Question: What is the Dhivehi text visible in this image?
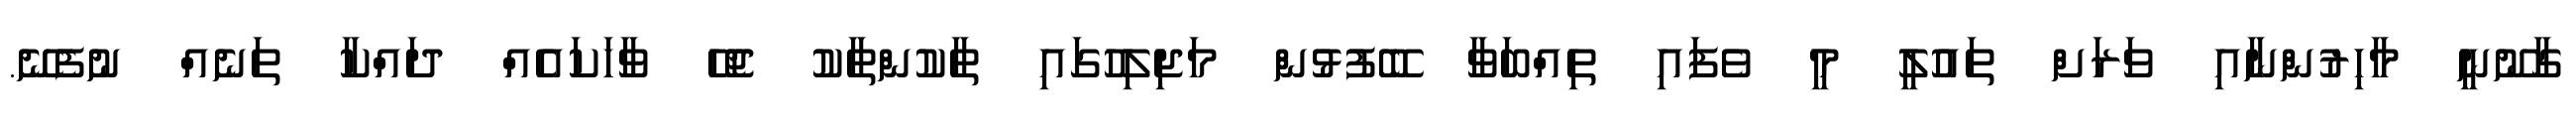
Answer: ގާނޫނީ މާހިރުންނާއި ވަރަށް ތައުލީ މީ ވެފައި ތިއްބަވާ ބޭފުޅުން މަޖިލިހުގައި ތާކުންތާކު ޖެހޭ ވާހަކައެއް ދައްކާ ތަނެއް ނުފެނޭ.